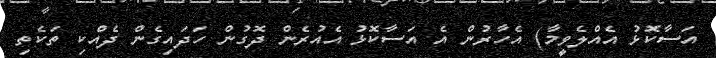
އަސާކޮޅު އެއްލެވީމާ) އެހާރުން އެ އަސާކޮޅު އެއުރެން ދޮގުން ހަދައިގެން ދެއްކި ތަކެތި